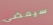
سيمضي